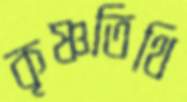
কৃষ্ণতিথি